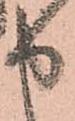
申